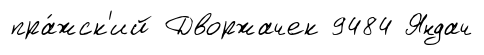
пра́жск'ий Дворжачек 9484 Яндач